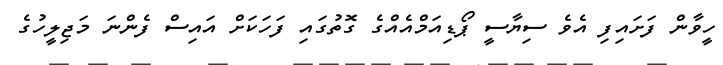
ހީވާން ފަށައިފި އެވެ ސިޔާސީ ޕޯޑިއަމްއެއްގެ ގޮތުގައި ފަހަކަށް އައިސް ފެންނަ މަޖިލީހުގެ